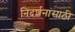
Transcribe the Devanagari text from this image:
निदर्शनांसाठी